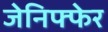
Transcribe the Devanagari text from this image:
जेनिफ्फेर